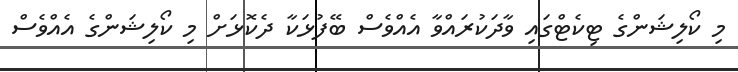
މި ކޯލިޝަންގެ ޓިކެޓްގައި ވާދަކުރައްވާ އެއްވެސް ބޭފުޅަކާ ދެކޮޅަށް މި ކޯލިޝަންގެ އެއްވެސް